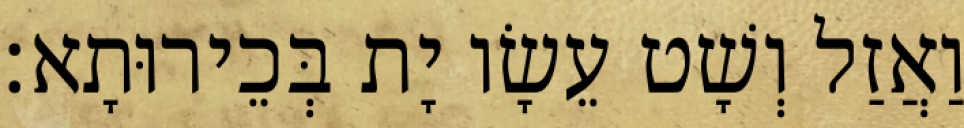
וַאֲזַל וְשָׁט עֵשָׂו יָת בְּכֵירוּתָא׃